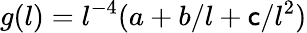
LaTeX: g(l)=l^{-4}(a+b/l+\mathsf{c}/l^{2})